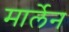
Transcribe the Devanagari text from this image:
मार्लेन